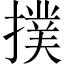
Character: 撲